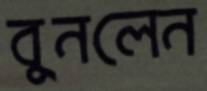
বুনলেন